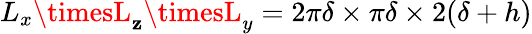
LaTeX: L_{x}\timesL_{\mathbf{z}}\timesL_{y}=2\pi\delta\times\pi\delta\times2(\delta+h)